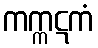
ကက္ကဋကံ